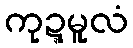
ကုဍ္ဍမူလံ